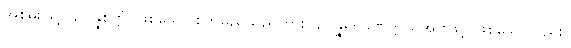
အစွမ်းဖြင့်။ ဥပ္ပန္နစိတ္တံ၊ ဖြစ်သော စိတ်မည်သည်ကား။ ဥပ္ပန္နမ္ပိ၊ ခဏတ္တယအားဖြင့် ဖြစ်သော်လည်း။